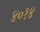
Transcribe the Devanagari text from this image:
४०१४